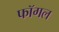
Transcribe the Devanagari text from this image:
फॉगल